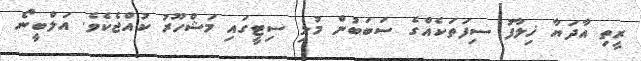
ރީތި އާދަޔާ ޚިލާފު ސިފަތަކެއްގެ ސަބަބުން މުޅި ސިޓީގައި މަޝްހޫރު ކުއްޖެކެވެ. އަލްބީނޯ